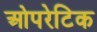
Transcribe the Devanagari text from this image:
ओपरेटिक